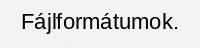
Fájlformátumok.